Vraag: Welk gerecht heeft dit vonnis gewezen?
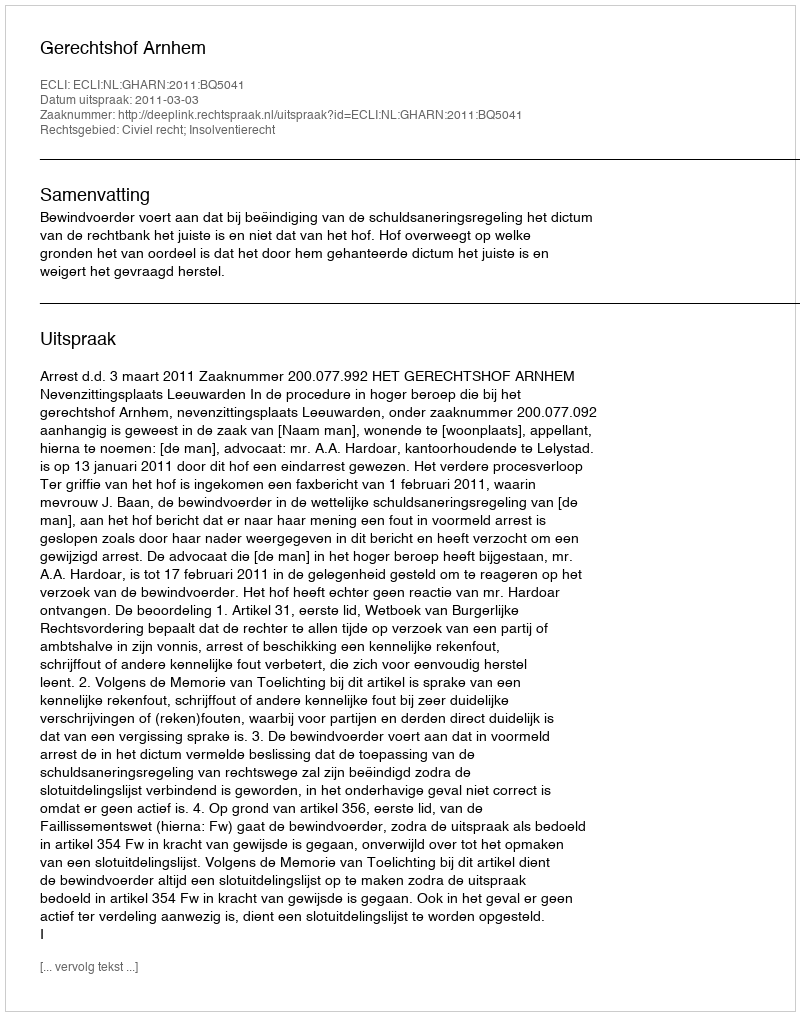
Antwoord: Gerechtshof Arnhem